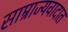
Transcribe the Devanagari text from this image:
साम्राज्यवादात